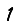
Digit: 1